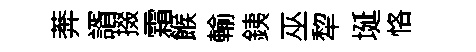
莾諝掇霜餱輸銕巫犂埏恪